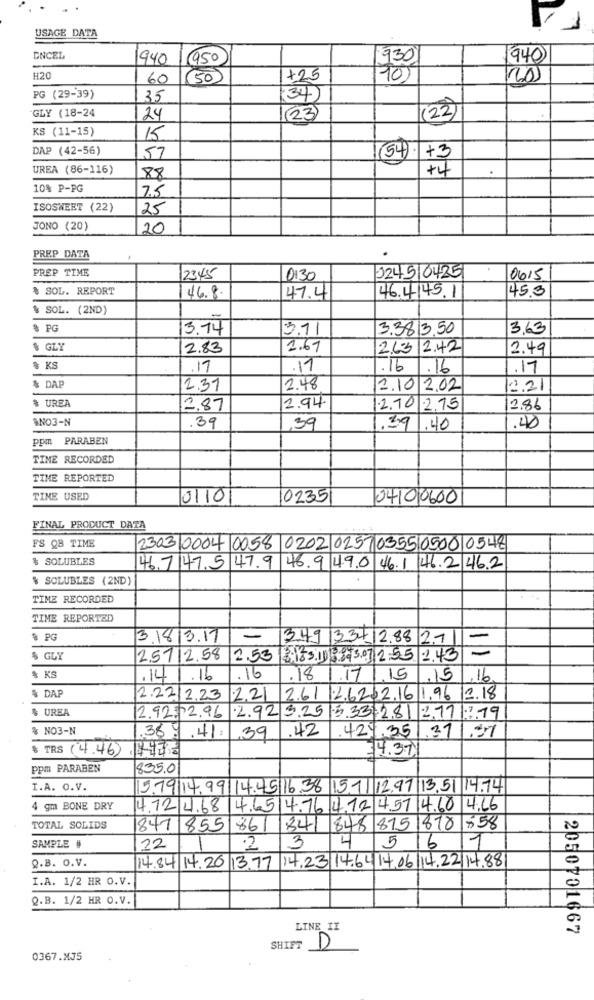
USAGE DATA
ENCEL
940
950
930
940
#20
60
(50
+25
PG (29-39)
35
34
GLY (18-24
(22)
24
(23)
KS (11-15)
15
DAP (42-56)
(54): +3
57
UREA (86-116)
+4
88
10% P-PG
7.5
ISOSWEET (22)
25
JONO (20)
20
PREP DATA
PREP TIME
12345
0:30
024510425
0615
% SOL. REPORT
45.3
46.8
47.4
46.4145.1
& SOL. (2ND)
$ PG
3.74
5.71
3.3813.50
3,63
$ GLY
2.83
2.67
2.6.3 2.42
2.49
% KS
.17
.11
.16 .16
.17
$ DAP
2.31
2.48
1.10 2.02
221
% UREA
2.94
2.87
.2.10 .2.75
2.86
BNO3-N
.39
,39
.391.40
.40
ppm PARABEN
TIME RECORDED
TIME REPORTED
TIME USED
0110
0235
04100600
FINAL PRODUCT DATA
FS QB TIME
2303 0004 0058 0202 0257 0355 0500 0548
& SOLUBLES
46,7 47.5 47.9 46.9 49.0 46.1 46.2 46.2
$ SOLUBLES (2ND)
TIME RECORDED
TIME REPORTED
$ PG
3.1813.17
-
349|33412.88 211
$ GLY
2.5112.58
2.53 8.153.10 3. 3.07 255 2.43
& KS
.141.16
.16
.18
1.17/ 15 .15 .16.
$ DAP
2.22/2.23
12.21
2.61 2.6.2.32.16 1.96 2.18
$ UREA
2.92. 296 2.92 325 15.33|281 277779
& NO3-N
.369
.41:
.42
.424.351.371.37
,39
$ TRS (4.46)
4.37
ppm PARABEN
835.0
I.A. O.V.
5.79|14.9914.45 16.38 15.7/12.97 13.51 14.74
4 gm BONE DRY
4.12 4.68 14.65 4.16 4,12 4.57 4.60 4.16
TOTAL SOLIDS
841 855
861
341 848 815 1870 558
3
4
1
SAMPLE #
22
·2
5
16
Q.B. O.V.
14.84 14.26 13.77 14.23 14.6414.06|14.22 14.88
I.A. 1/2 HR O.V.
Q.B. 1/2 HR O.V.
LINE II
2050701667
SHIFT D
0367.XJ5